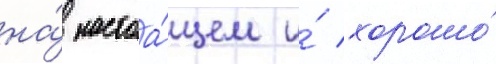
на́ настоа́щем и́ хорошо́